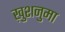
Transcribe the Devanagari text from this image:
ख़ुशनुमा